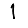
Digit: 1